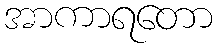
အာကာရတော